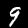
Label: 9